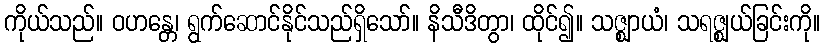
ကိုယ်သည်။ ဝဟန္တေ၊ ရွက်ဆောင်နိုင်သည်ရှိသော်။ နိသီဒိတွာ၊ ထိုင်၍။ သဇ္ဈာယံ၊ သရဇ္ဈယ်ခြင်းကို။